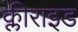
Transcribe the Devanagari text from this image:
क्लीराइड